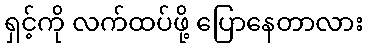
ရှင့်ကို လက်ထပ်ဖို့ ပြောနေတာလား